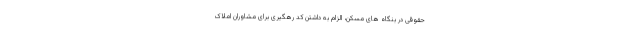
حقوقی در بنگاه های مسکن، الزام به داشتن کد رهگیری برای مشاوران املاک